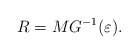
\begin{align*}R=MG^{-1}(\varepsilon).\end{align*}